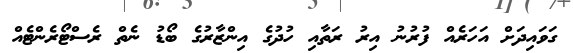
ގަވައިދަށް އަހަރެއް ފުރުނު އިރު ރަތާއި ހުދުގެ އިންޒާރުގެ ބޯޑު ނެތް ރެސްޓޯރެންޓެއް